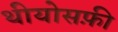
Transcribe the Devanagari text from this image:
थीयोसफ़ी